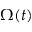
\Omega ( t )